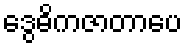
ဒွေဓိကဇာတာပေ